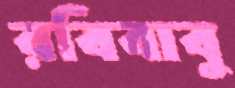
রবিবাবু